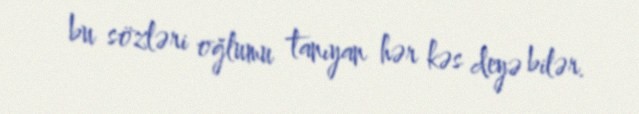
bu sözləri oğlumu tanıyan hər kəs deyə bilər.